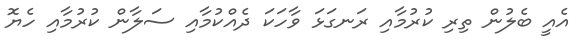
އެއީ ބެލުން ތިރި ކުރުމާއި ރަނގަޅަ ވާހަކަ ދެއްކުމާއި ސަލާން ކުރުމާއި ހެޔޮ